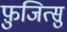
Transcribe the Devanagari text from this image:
फ़ुजित्सु